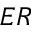
E R